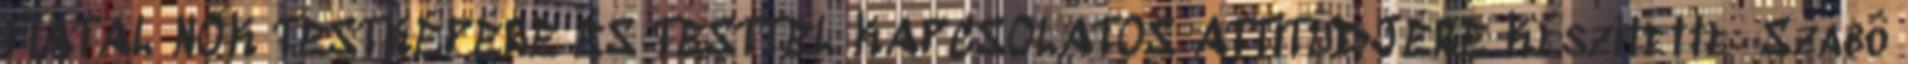
FIATAL NŐK TESTKÉPÉRE ÉS TESTTEL KAPCSOLATOS ATTITŰDJÉRE Készítette: Szabó